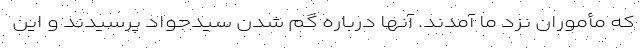
که مأموران نزد ما آمدند. آنها درباره گم شدن سیدجواد پرسیدند و این